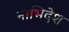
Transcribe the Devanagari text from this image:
नाभिदेश